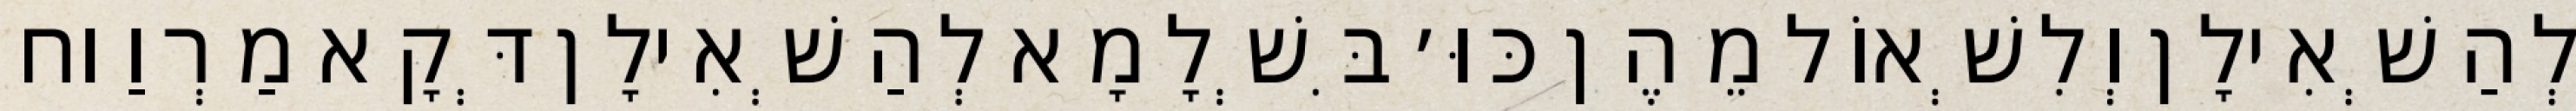
לְהַשְׁאִילָן וְלִשְׁאוֹל מֵהֶן כּוּ׳ בִּשְׁלָמָא לְהַשְׁאִילָן דְּקָא מַרְוַוח